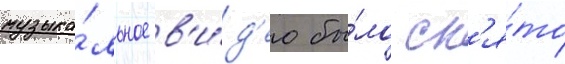
музыка́льное в'и́д'ео бы́ло сн'я́то